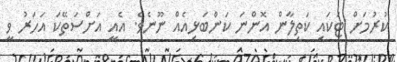
ކުރުމަށް ޓަކައި ކަތިލާން އޮންނަ ކަންބަޅިއެއް ނޫނެވެ. އެއީ އަށްސަތޭކަ އަހަރު ވީ